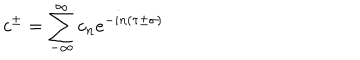
LaTeX: c ^ { \pm } = \sum _ { - \infty } ^ { \infty } c _ { n } e ^ { - i n \left( \tau \pm \sigma \right) }